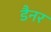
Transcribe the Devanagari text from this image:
डैनर